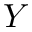
Y